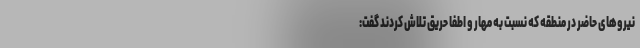
نیروهای حاضر در منطقه که نسبت به مهار و اطفا حریق تلاش کردند گفت: